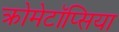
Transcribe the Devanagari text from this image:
क्रोमेटॉप्सिया